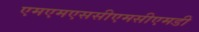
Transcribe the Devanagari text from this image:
एमएमएससीएमसीएमडी